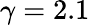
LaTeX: \gamma=2.1